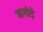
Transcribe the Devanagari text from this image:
मगोड़े